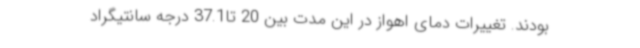
بودند. تغییرات دمای اهواز در این مدت بین 20 تا37.1 درجه سانتیگراد